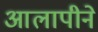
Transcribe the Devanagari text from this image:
आलापीने